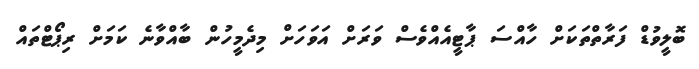
ބޮލީވުޑް ފަރާތްތަކަށް ހާއްސަ ޕާޓީއެއްވެސް ވަރަށް އަވަހަށް މިދެމީހުން ބާއްވާނެ ކަމަށް ރިޕޯޓްތައް